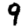
Digit: 9